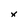
Character: x